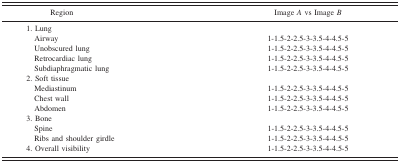
<table><thead><tr><td><b>Region</b></td><td><b>Image <i>A</i> vs Image <i>B</i></b></td></tr></thead><tbody><tr><td>1. Lung</td></tr><tr><td>Airway</td><td>1‐1.5‐2‐2.5‐3‐3.5‐4‐4.5‐5</td></tr><tr><td>Unobscured lung</td><td>1‐1.5‐2‐2.5‐3‐3.5‐4‐4.5‐5</td></tr><tr><td>Retrocardiac lung</td><td>1‐1.5‐2‐2.5‐3‐3.5‐4‐4.5‐5</td></tr><tr><td>Subdiaphragmatic lung</td><td>1‐1.5‐2‐2.5‐3‐3.5‐4‐4.5‐5</td></tr><tr><td>2. Soft tissue</td></tr><tr><td>Mediastinum</td><td>1‐1.5‐2‐2.5‐3‐3.5‐4‐4.5‐5</td></tr><tr><td>Chest wall</td><td>1‐1.5‐2‐2.5‐3‐3.5‐4‐4.5‐5</td></tr><tr><td>Abdomen</td><td>1‐1.5‐2‐2.5‐3‐3.5‐4‐4.5‐5</td></tr><tr><td>3. Bone</td></tr><tr><td>Spine</td><td>1‐1.5‐2‐2.5‐3‐3.5‐4‐4.5‐5</td></tr><tr><td>Ribs and shoulder girdle</td><td>1‐1.5‐2‐2.5‐3‐3.5‐4‐4.5‐5</td></tr><tr><td>4. Overall visibility</td><td>1‐1.5‐2‐2.5‐3‐3.5‐4‐4.5‐5</td></tr></tbody></table>